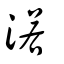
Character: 渃